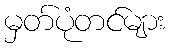
မှတ်ပုံတင်များ